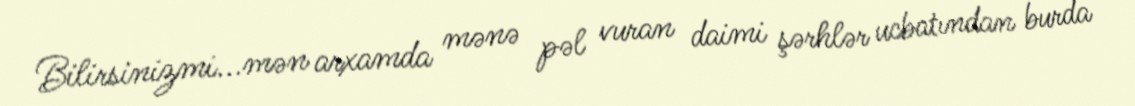
Bilirsinizmi...mən arxamda mənə pəl vuran daimi şərhlər ucbatından burda